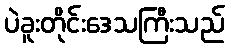
ပဲခူးတိုင်းဒေသကြီးသည်